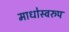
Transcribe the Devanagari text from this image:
माधोस्वरुप